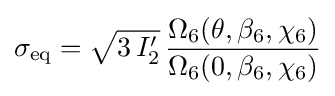
\sigma _{\mathrm {eq} }={\sqrt {3\,I_{2}'}}\,{\frac {\Omega _{6}(\theta ,\beta _{6},\chi _{6})}{\Omega _{6}(0,\beta _{6},\chi _{6})}}